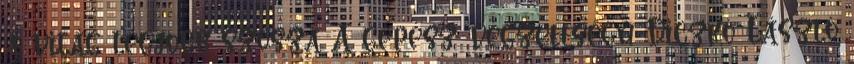
a világ legjobb szósza A gépész végzettségű Diczkó László